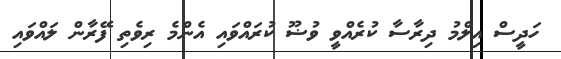
ހަދީސް އިލްމު ދިރާސާ ކުރެއްވީ ވުޟޫ ކުރައްވައި އެންމެ ރިވެތި ފޭރާން ލައްވައި